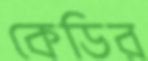
কেডির